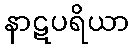
နာဋပရိယာ